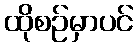
ထိုစဉ်မှာပင်